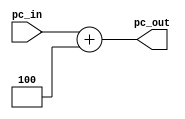
`timescale 1ns / 1ps
//////////////////////////////////////////////////////////////////////////////////
// Company: 
// Engineer: 
// 
// Design Name: 
// Module Name: add_PC
// Project Name: 
// Target Devices: 
// Tool Versions: 
// Description: 
// 
// Dependencies: 
// 
// Revision:
// Revision 0.01 - File Created
// Additional Comments:
// 
//////////////////////////////////////////////////////////////////////////////////


module add_PC(
    input [31:0] pc_in,
    output [31:0] pc_out);
    assign pc_out = pc_in + 32'd4;    //pc=pc+4
endmodule